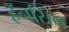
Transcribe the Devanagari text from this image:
हॅनसिंग